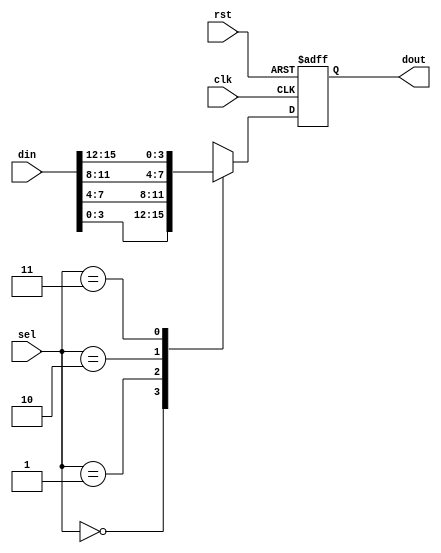
//-------------------------------------------------------------------------
//
// Title        :
//              :
// Purpose      : Just a multiplexer and a register, but I added a level
//              : of hierarchy because design_vision was choking on the
//              : flat version
//
// ----------------------------------------------------------------------
// Revision History :
// ----------------------------------------------------------------------
//   Ver  :| Author   :| Mod. Date   :| Changes Made:
//   v1.0  | JTC      :| 2008/07/02  :|
// ----------------------------------------------------------------------
`timescale 1ns/10ps

module ldpc_muxreg #(
  parameter LLRWIDTH = 4,
  parameter NUMINPS  = 4,
  parameter MUXSIZE  = 4,
  parameter SELBITS  = 2
)(
  input clk,
  input rst,

  input[SELBITS-1:0]          sel,
  input[NUMINPS*LLRWIDTH-1:0] din,
  output[LLRWIDTH-1:0]        dout
);

// convert to 2-d array
wire[LLRWIDTH-1:0] din_2d[MUXSIZE-1:0];

generate
  genvar muxpos;

  for( muxpos=0; muxpos<MUXSIZE; muxpos=muxpos+1 )
  begin: muxto2d
    assign din_2d[muxpos] = din[muxpos*LLRWIDTH+LLRWIDTH-1 -: LLRWIDTH];
  end
endgenerate

// mux and register
reg[LLRWIDTH-1:0] mux_result;

assign dout = mux_result;

always @( posedge clk, posedge rst )
  if( rst )
    mux_result <= 0;
  else
    mux_result <= din_2d[sel];
endmodule